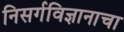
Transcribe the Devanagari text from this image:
निसर्गविज्ञानाचा